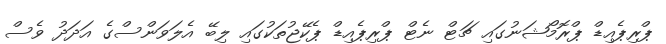
ޕްރިޕެއިޑް ޕްރޮމޯޝަނުގައި ޗަޓް ނެޓް ޕްރިޕެއިޑް ޕެކޭޖުތަކުގައި ލިބޭ އެލަވަންސްގެ އަދަދު ވެސް